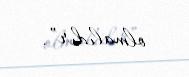
olmalıdır”.